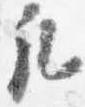
凡